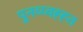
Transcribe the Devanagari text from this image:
पुनव्य्वह्ह्त